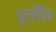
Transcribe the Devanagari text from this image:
पूर्तींत